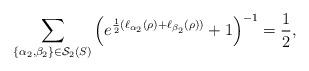
LaTeX: \begin{align*}\sum_{\{\alpha_2,\beta_2\}\in\mathcal{S}_2(S)}\left(e^{\frac{1}{2}(\ell_{\alpha_2}(\rho)+\ell_{\beta_2}(\rho))}+1\right)^{-1}=\frac{1}{2},\end{align*}